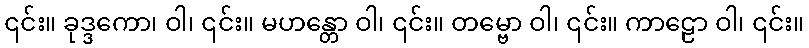
၎င်း။ ခုဒ္ဒကော၊ ဝါ၊ ၎င်း။ မဟန္တော ဝါ၊ ၎င်း။ တမ္ဗော ဝါ၊ ၎င်း။ ကာဠော ဝါ၊ ၎င်း။